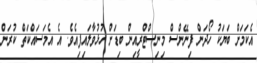
އެކަމަށް ބަޔަކު ހޯދަން ފިނޭންސް މިނިސްޓްރީއިން ބިޑަށް ހުޅުވާލައިފިއެވެ. އެ އެމަސައްކަތް ކުރަން